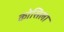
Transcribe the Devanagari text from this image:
कोसिला